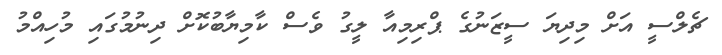
ޗެލްސީ އަށް މިދިޔަ ސީޒަނުގެ ޕްރިމިއާ ލީގު ވެސް ކާމިޔާބުކޮށް ދިނުމުގައި މުހިއްމު